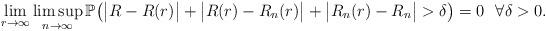
LaTeX: \begin{align*}\lim_{r \rightarrow \infty} \limsup_{n \rightarrow \infty} \mathbb{P} \big( \big|R-R(r) \big|+\big| R(r)-R_n(r)\big|+\big|R_n(r)-R_n \big|>\delta \big) = 0~~ \forall \delta>0.\end{align*}